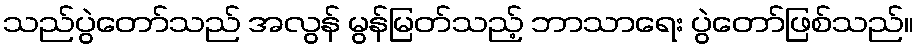
သည်ပွဲတော်သည် အလွန် မွန်မြတ်သည့် ဘာသာရေး ပွဲတော်ဖြစ်သည်။